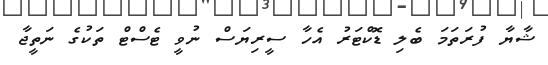
ޝާޔާ ފުރަތަމަ ބެލި ޑޮކްޓަރު އެހާ ސީރިޔަސް ނުވީ ޓެސްޓް ތަކުގެ ނަތީޖާ